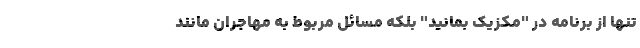
تنها از برنامه در "مکزیک بمانید" بلکه مسائل مربوط به مهاجران مانند